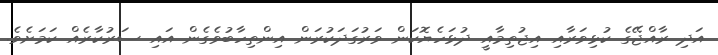
އަދި ރާއްޖޭގެ ކުޅިވަރާއި އިޖުތިމާއީ ދުޅަހެޔޮކަން ވަރުގަދަކުރަން އިންތިހާބުވެގެން އައި ސަރުކާރެއް ކަމަށެވެ.